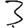
Digit: 3